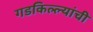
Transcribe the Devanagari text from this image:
गडकिल्ल्यांची